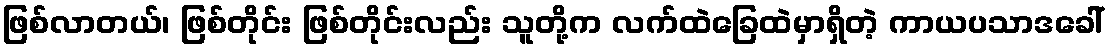
ဖြစ်လာတယ်၊ ဖြစ်တိုင်း ဖြစ်တိုင်းလည်း သူတို့က လက်ထဲခြေထဲမှာရှိတဲ့ ကာယပသာဒခေါ်